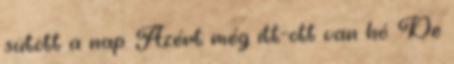
sütött a nap. Azért még itt-ott van hó. De